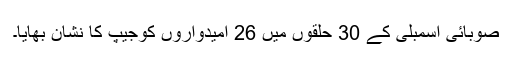
صوبائی اسمبلی کے 30 حلقوں میں 26 امیدواروں کوجیپ کا نشان بھایا۔